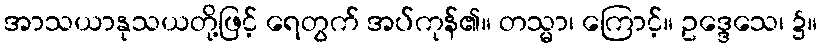
အာသယာနုသယတို့ဖြင့် ရေတွက် အပ်ကုန်၏။ တသ္မာ၊ ကြောင့်။ ဥဒ္ဒေသေ၊ ၌။